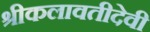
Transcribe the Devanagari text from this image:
श्रीकलावतीदेवी